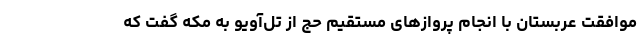
موافقت عربستان با انجام پروازهای مستقیم حج از تل‌آویو به مکه گفت که